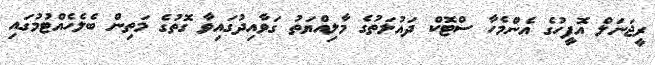
ރީޖަނަލް އޮފީހުގެ އެންމެހާ ސްޓޮކް ދައުލަތުގެ މާލިއްޔަތު ގަވާއިދުގައިވާ ގޮތުގެ މަތިން ބެލެހެއްޓުމުގައި